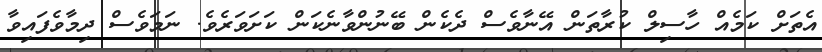
އެތަށް ކަމެއް ހާސިލް ކުރާތަން އޭނާވެސް ދެކެން ބޭނުންވާނެކަން ކަށަވަރެވެ. ނަމަވެސް ދިމާވެފައިވާ